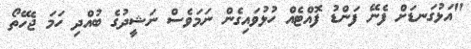
"އަޅުގަނޑަށް ފެނޭ ފަންޑު ފޮއްޓެއް ހުޅުވައިގެން ނަަމަވެސް ނަޝީދުގެ ބުއްދި ހަމަ ޖެހޭތޯ